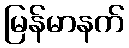
မြန်မာနက်